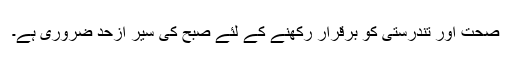
صحت اور تندرستی کو برقرار رکھنے کے لئے صبح کی سیر ازحد ضروری ہے۔